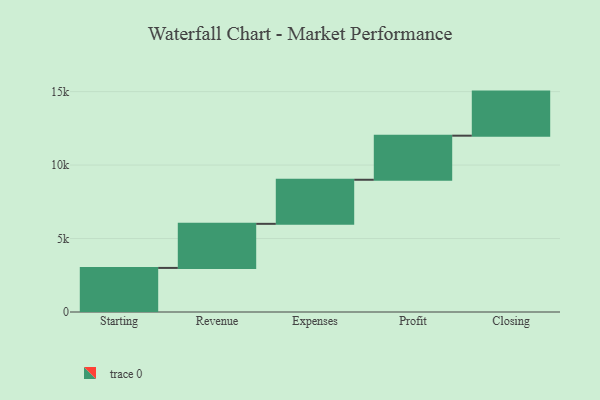
{"axis": {"x": "Step", "y": "Value"}, "legend": [""], "data": [{"x": "Starting", "y": 3000, "type": ""}, {"x": "Revenue", "y": 3000, "type": ""}, {"x": "Expenses", "y": 3000, "type": ""}, {"x": "Profit", "y": 3000, "type": ""}, {"x": "Closing", "y": 3000, "type": ""}]}